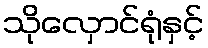
သိုလှောင်ရုံနှင့်